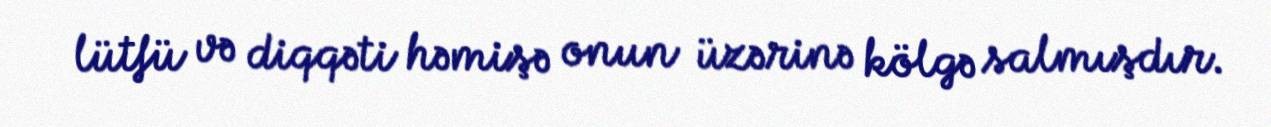
lütfü və diqqəti həmişə onun üzərinə kölgə salmışdır.